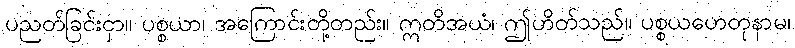
ပညတ်ခြင်းငှာ။ ပစ္စယာ၊ အကြောင်းတို့တည်း။ ဣတိအယံ၊ ဤဟိတ်သည်။ ပစ္စယဟေတုနာမ၊